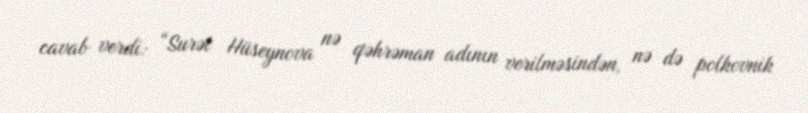
cavab verdi: “Surət Hüseynova nə qəhrəman adının verilməsindən, nə də polkovnik